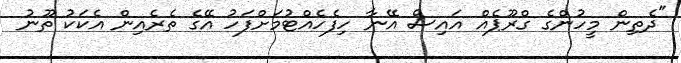
"ދެތިން މީހުންގެ ގްރޫޕެއް އައިސް އޭނާ ހިފެހެއްޓުމަށްފަހު އޭގެ ތެރެއިން އެކަކު ތޫނު